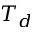
T _ { d }